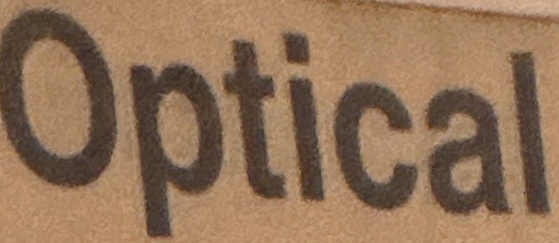
Optical